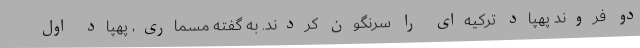
دو فروند پهپاد ترکیه‌ای را سرنگون کردند. به گفته مسماری، پهپاد اول